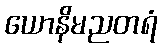
ယောနိမညတရံ